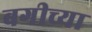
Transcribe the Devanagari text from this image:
बगीच्या